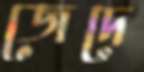
জেদে